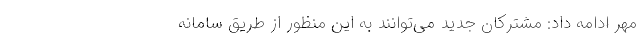
مهر ادامه داد: مشترکان جدید می‌توانند به این منظور از طریق سامانه